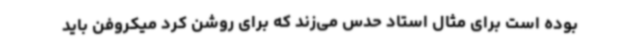
بوده است برای مثال استاد حدس می‌زند که برای روشن کرد میکروفن باید